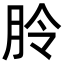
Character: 朎